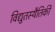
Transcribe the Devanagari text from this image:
विद्युतस्थैतिकी